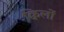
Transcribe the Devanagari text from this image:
क्विलों